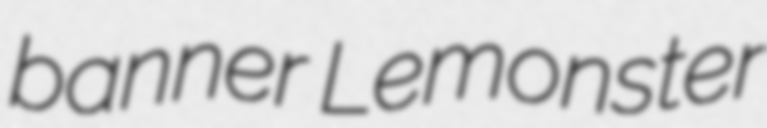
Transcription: banner Lemonster